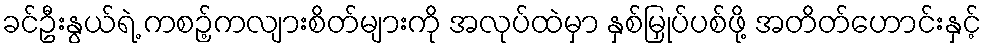
ခင်ဦးနွယ်ရဲ့ ကစဉ့်ကလျားစိတ်များကို အလုပ်ထဲမှာ နှစ်မြှုပ်ပစ်ဖို့ အတိတ်ဟောင်းနှင့်